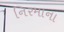
નિરમાના